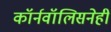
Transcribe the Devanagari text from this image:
कॉर्नवॉलिसनेही